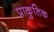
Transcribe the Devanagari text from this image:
प्राकुतिक